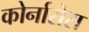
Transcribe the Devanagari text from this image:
कोर्नारोस